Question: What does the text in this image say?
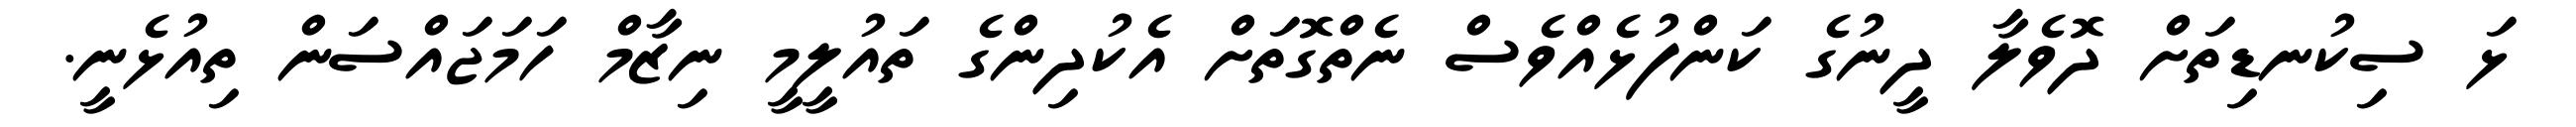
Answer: ޅަ ސިކުނޑިތަށް ދޮވެލާ ދީނުގެ ކަންފުޅެއްވެސް ނެތްގޮތަށް އެކުދިންގެ ތައުލީމީ ނިޒާމް ހަމަޖައްސަން ތިއުޅެނީ.